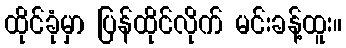
ထိုင်ခုံမှာ ပြန်ထိုင်လိုက် မင်းခန့်ထူး။